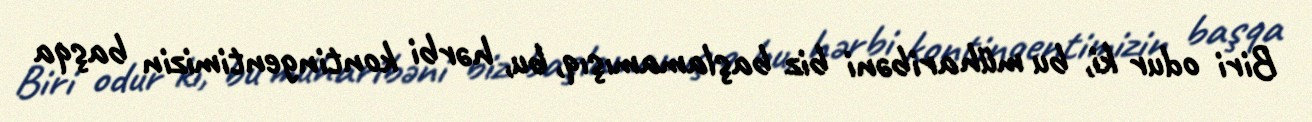
Biri odur ki, bu müharibəni biz başlamamışıq, bu, hərbi kontingentimizin başqa